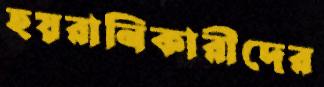
হয়রানিকারীদের